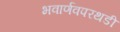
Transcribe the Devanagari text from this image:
भवार्णवपरथडी